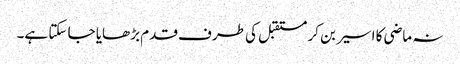
نہ ماضی کا اسیر بن کر مستقبل کی طرف قدم بڑھایا جا سکتا ہے۔